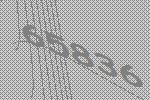
65836